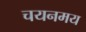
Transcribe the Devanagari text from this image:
चयनमय